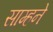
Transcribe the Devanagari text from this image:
साम्हने